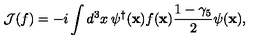
{ \cal J } ( f ) = - i \int { d ^ { 3 } x \: { \psi ^ { \dagger } ( { \bf x } ) } f ( { \bf x } ) \frac { 1 - \gamma _ { 5 } } { 2 } \psi ( { \bf x } ) } ,